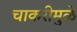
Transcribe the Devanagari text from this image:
चाकरीमुळे